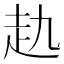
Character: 𧺎